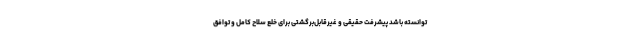
توانسته باشد پیشرفت حقیقی و غیرقابل‌برگشتی برای خلع سلاح کامل و توافق